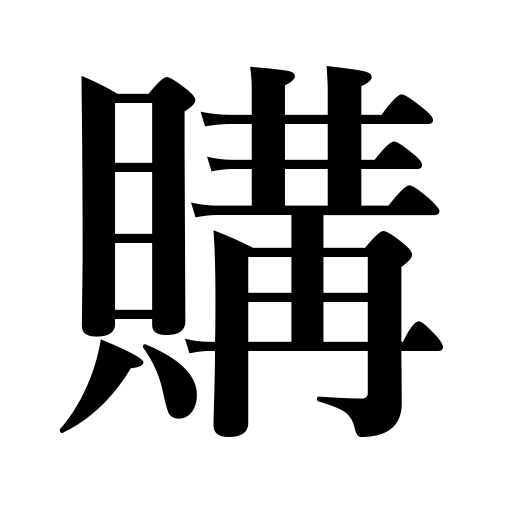
Meanings: buy